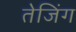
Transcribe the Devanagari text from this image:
तेजिंग